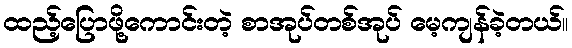
ထည့်ပြောဖို့ကောင်းတဲ့ စာအုပ်တစ်အုပ် မေ့ကျန်ခဲ့တယ်။